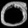
Digit: ၀